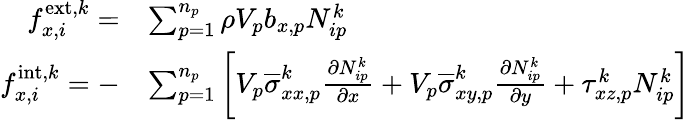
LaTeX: \begin{array}{rl}{f_{x,i}^{\mathrm{ext},k}=}&{\sum_{p=1}^{n_{p}}\rho V_{p}b_{x,p}N_{ip}^{k}}\\ {f_{x,i}^{\mathrm{int},k}=-}&{\sum_{p=1}^{n_{p}}\bigg[V_{p}\overline{{\sigma}}_{xx,p}^{k}\frac{\partial N_{ip}^{k}}{\partial x}+V_{p}\overline{{\sigma}}_{xy,p}^{k}\frac{\partial N_{ip}^{k}}{\partial y}+\tau_{xz,p}^{k}N_{ip}^{k}\bigg]}\end{array}